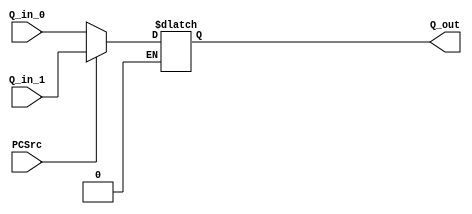
`timescale 1ns / 1ps
//////////////////////////////////////////////////////////////////////////////////
// Company: 
// Engineer: 
// 
// Design Name: 
// Module Name: mux2
// Project Name: 
// Target Devices: 
// Tool Versions: 
// Description: 
// 
// Dependencies: 
// 
// Revision:
// Revision 0.01 - File Created
// Additional Comments:
// 
//////////////////////////////////////////////////////////////////////////////////


module mux2(
   input wire[4:0] Q_in_0,
   input wire[4:0] Q_in_1,
   input wire PCSrc,
   output reg[4:0] Q_out
);

   always @ (*) begin
       if ( PCSrc == 1'b0 )        Q_out = Q_in_0;
       else if ( PCSrc == 1'b1 )   Q_out = Q_in_1;
   end

endmodule